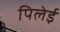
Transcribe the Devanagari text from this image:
पिलेई